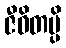
ဇီဝိတမ္ပိ